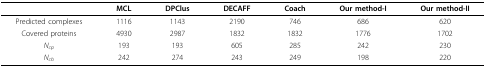
<table><thead><tr><td></td><td><b>MCL</b></td><td><b>DPClus</b></td><td><b>DECAFF</b></td><td><b>Coach</b></td><td><b>Our method-I</b></td><td><b>Our method-II</b></td></tr></thead><tbody><tr><td>Predicted complexes</td><td>1116</td><td>1143</td><td>2190</td><td>746</td><td>686</td><td>620</td></tr><tr><td>Covered proteins</td><td>4930</td><td>2987</td><td>1832</td><td>1832</td><td>1776</td><td>1702</td></tr><tr><td><i>N<sub>cp</sub></i></td><td>193</td><td>193</td><td>605</td><td>285</td><td>242</td><td>230</td></tr><tr><td><i>N<sub>cb</sub></i></td><td>242</td><td>274</td><td>243</td><td>249</td><td>198</td><td>220</td></tr></tbody></table>